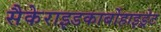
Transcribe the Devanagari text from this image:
सैकेराइडकार्बोहाइड्रेट